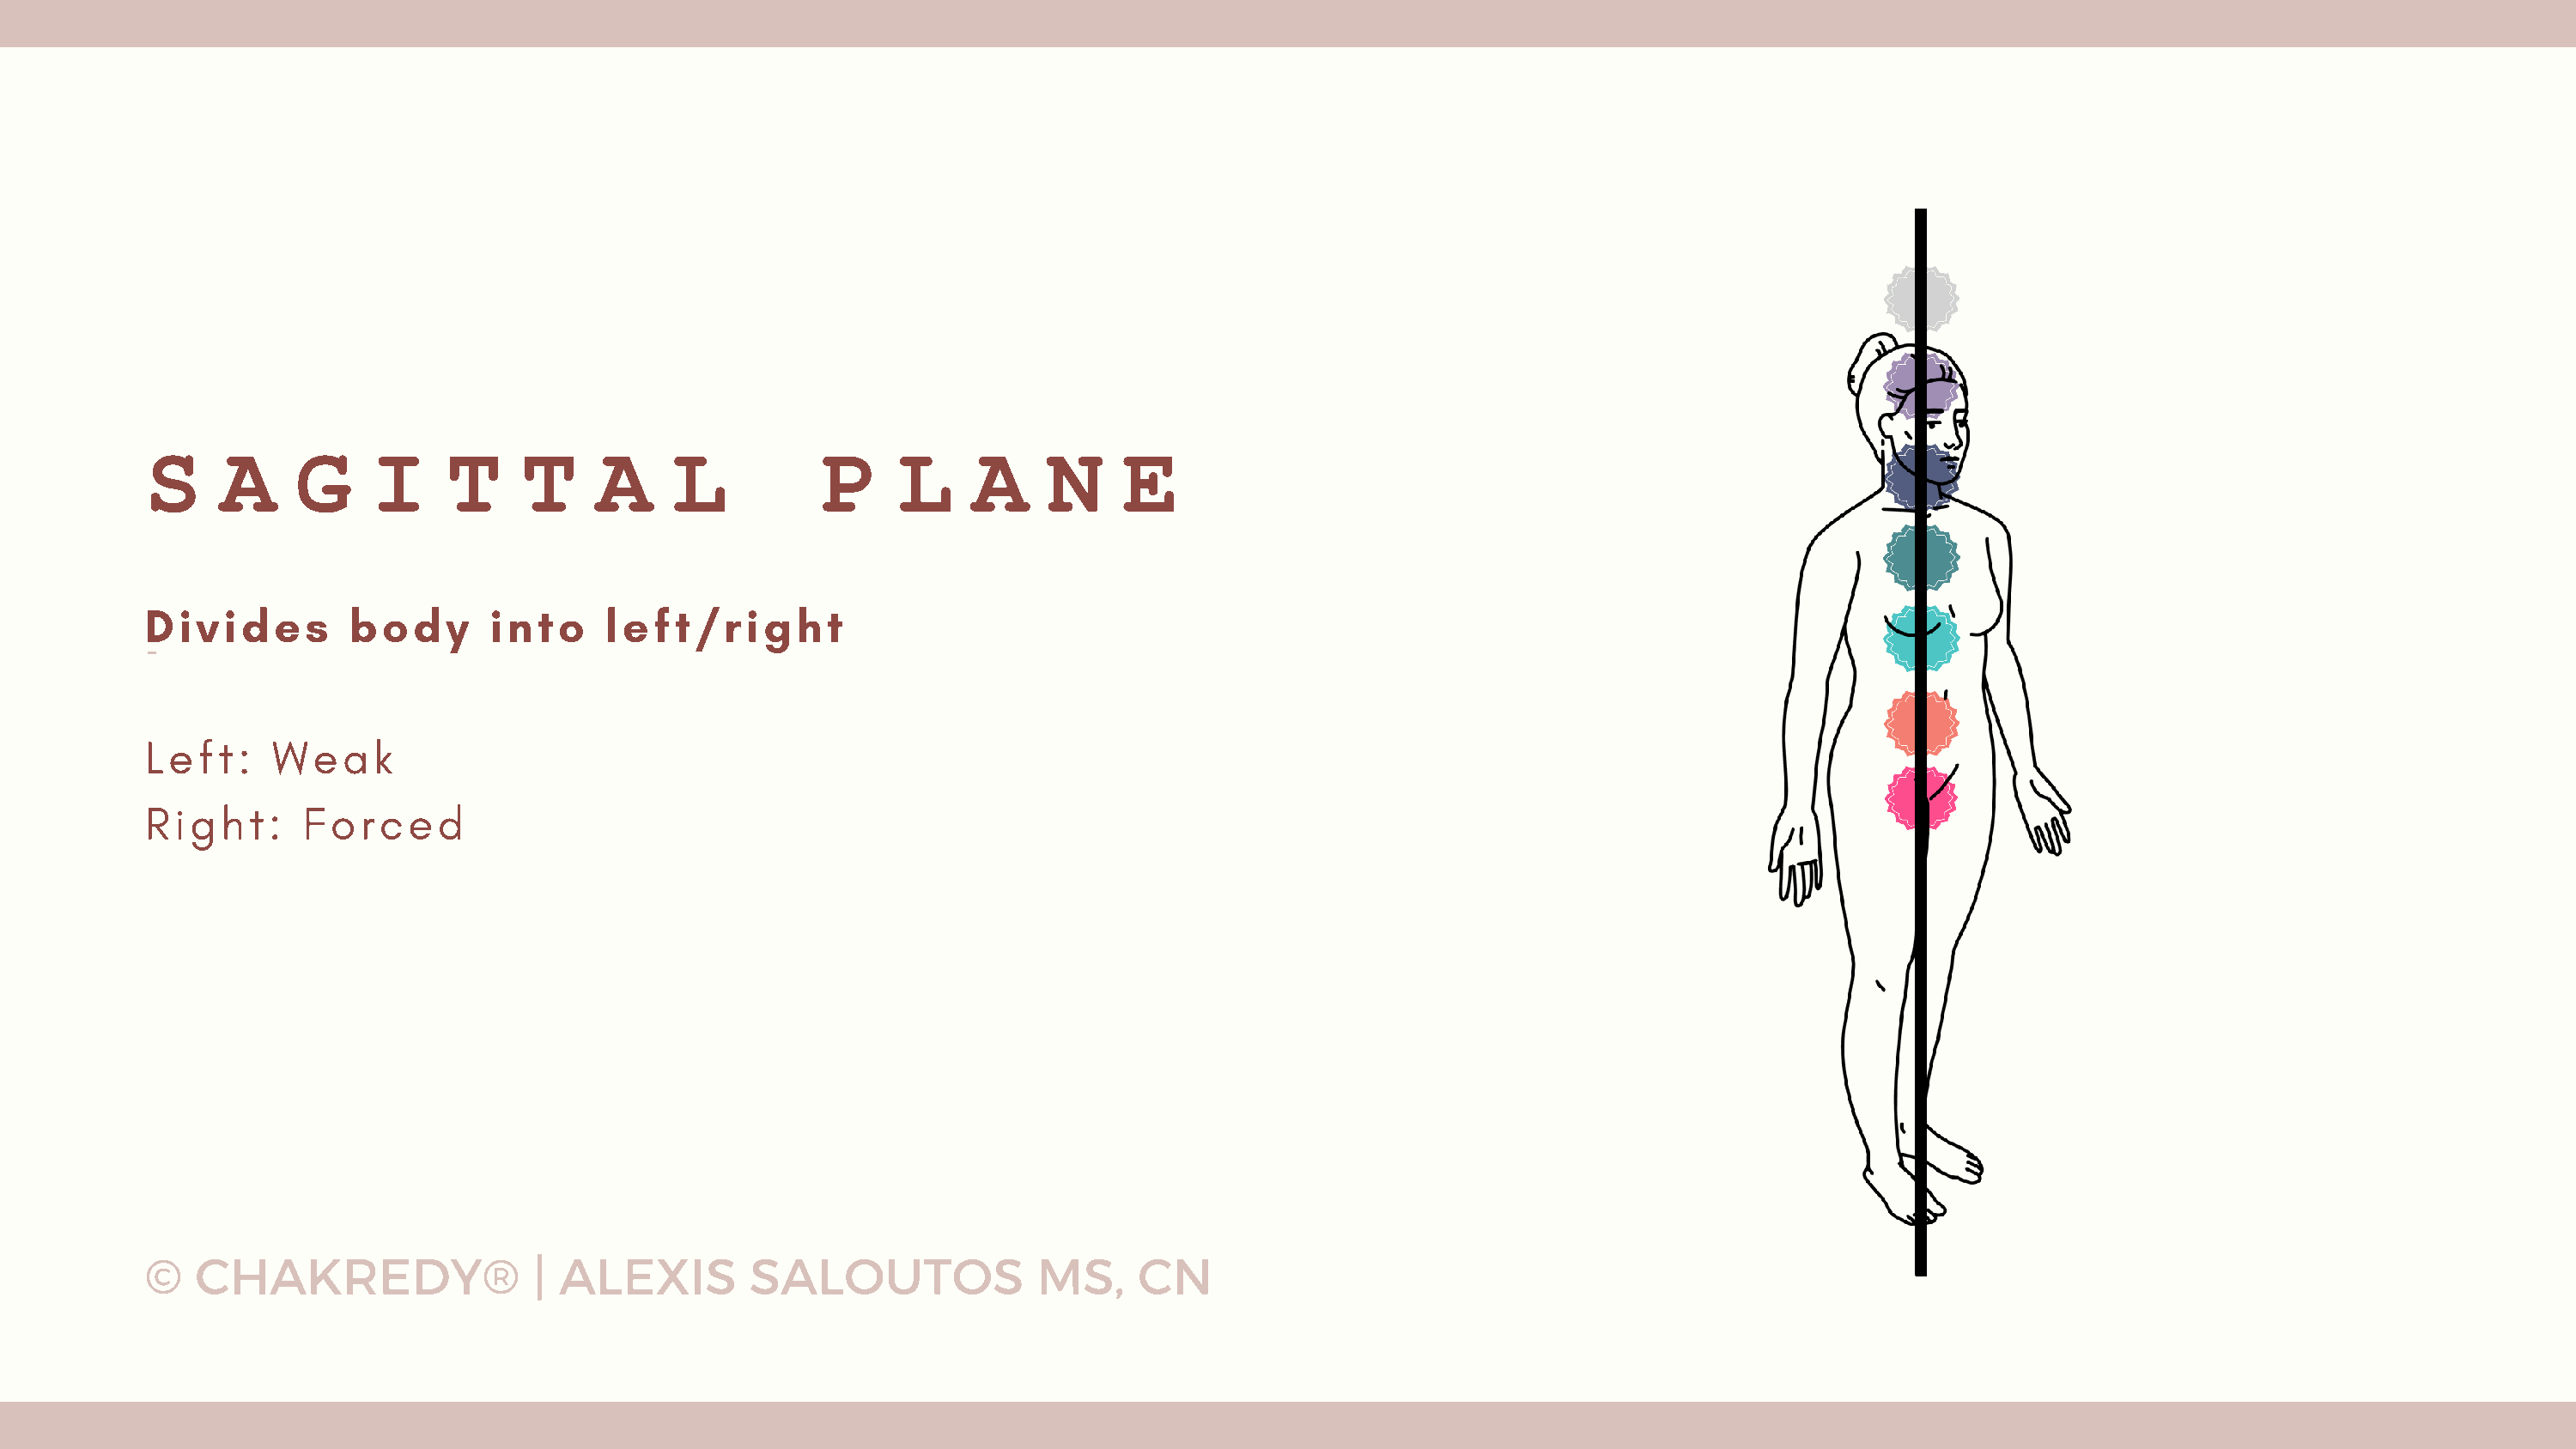
S     A     G     I    T     T     A     L          P     L     A     N     E
 Divides         body       into     left/right
 -
 Left:     Weak
 Right:      Forced
 ©   CHAKREDY®                 | ALEXIS         SALOUTOS              MS,     CN